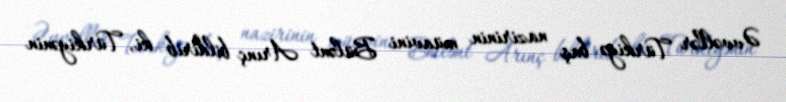
Əvvəllər Türkiyə baş nazirinin müavini Bülənt Arınç bildirib ki, Türkiyənin